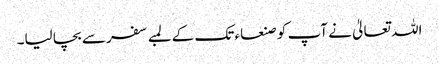
اللہ تعالیٰ نے آپ کو صنعاء تک کے لمبے سفر سے بچا لیا۔